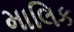
માલિક